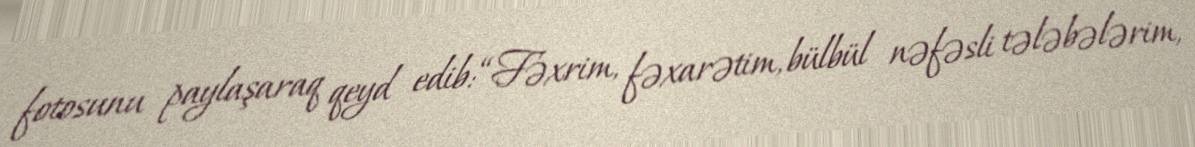
fotosunu paylaşaraq qeyd edib: “Fəxrim, fəxarətim, bülbül nəfəsli tələbələrim,